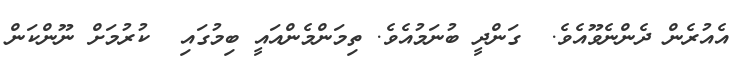
އެއުރެން ދެންނެވޫއެވެ.  ގަންދީ ބުނަމުއެވެ. ތިމަންމެންއައީ ބިމުގައި  ކުރުމަށް ނޫންކަން